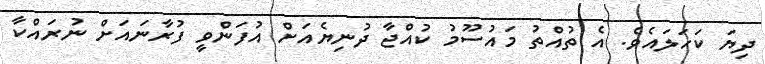
ދިޔަ ކަހަލައެވެ. އެ ތުއްތު މައުސޫމު ކުއްޖާ ދުނިޔެއަށް އުފަންވީ ފުރާނައަށް ނުރައްކާ